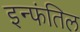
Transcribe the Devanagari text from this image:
इन्फंतिल